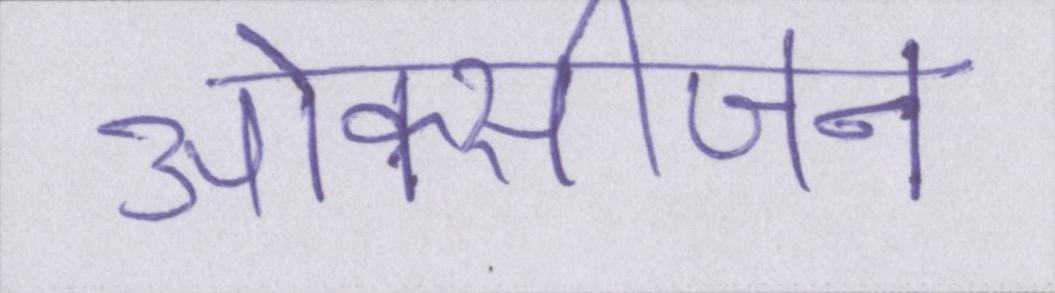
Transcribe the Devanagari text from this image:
ओक्सीजन